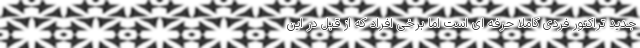
جدید تراکتور فردی کاملا حرفه ای است اما برخی افراد که از قبل در این